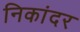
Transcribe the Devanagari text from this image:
निकांदर